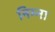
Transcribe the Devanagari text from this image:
निम्ना